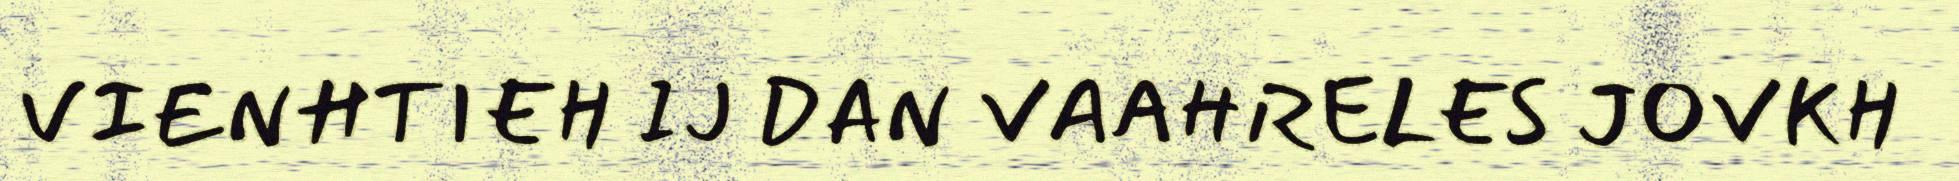
VIENHTIEH IJ DAN VAAHRELES JOVKH